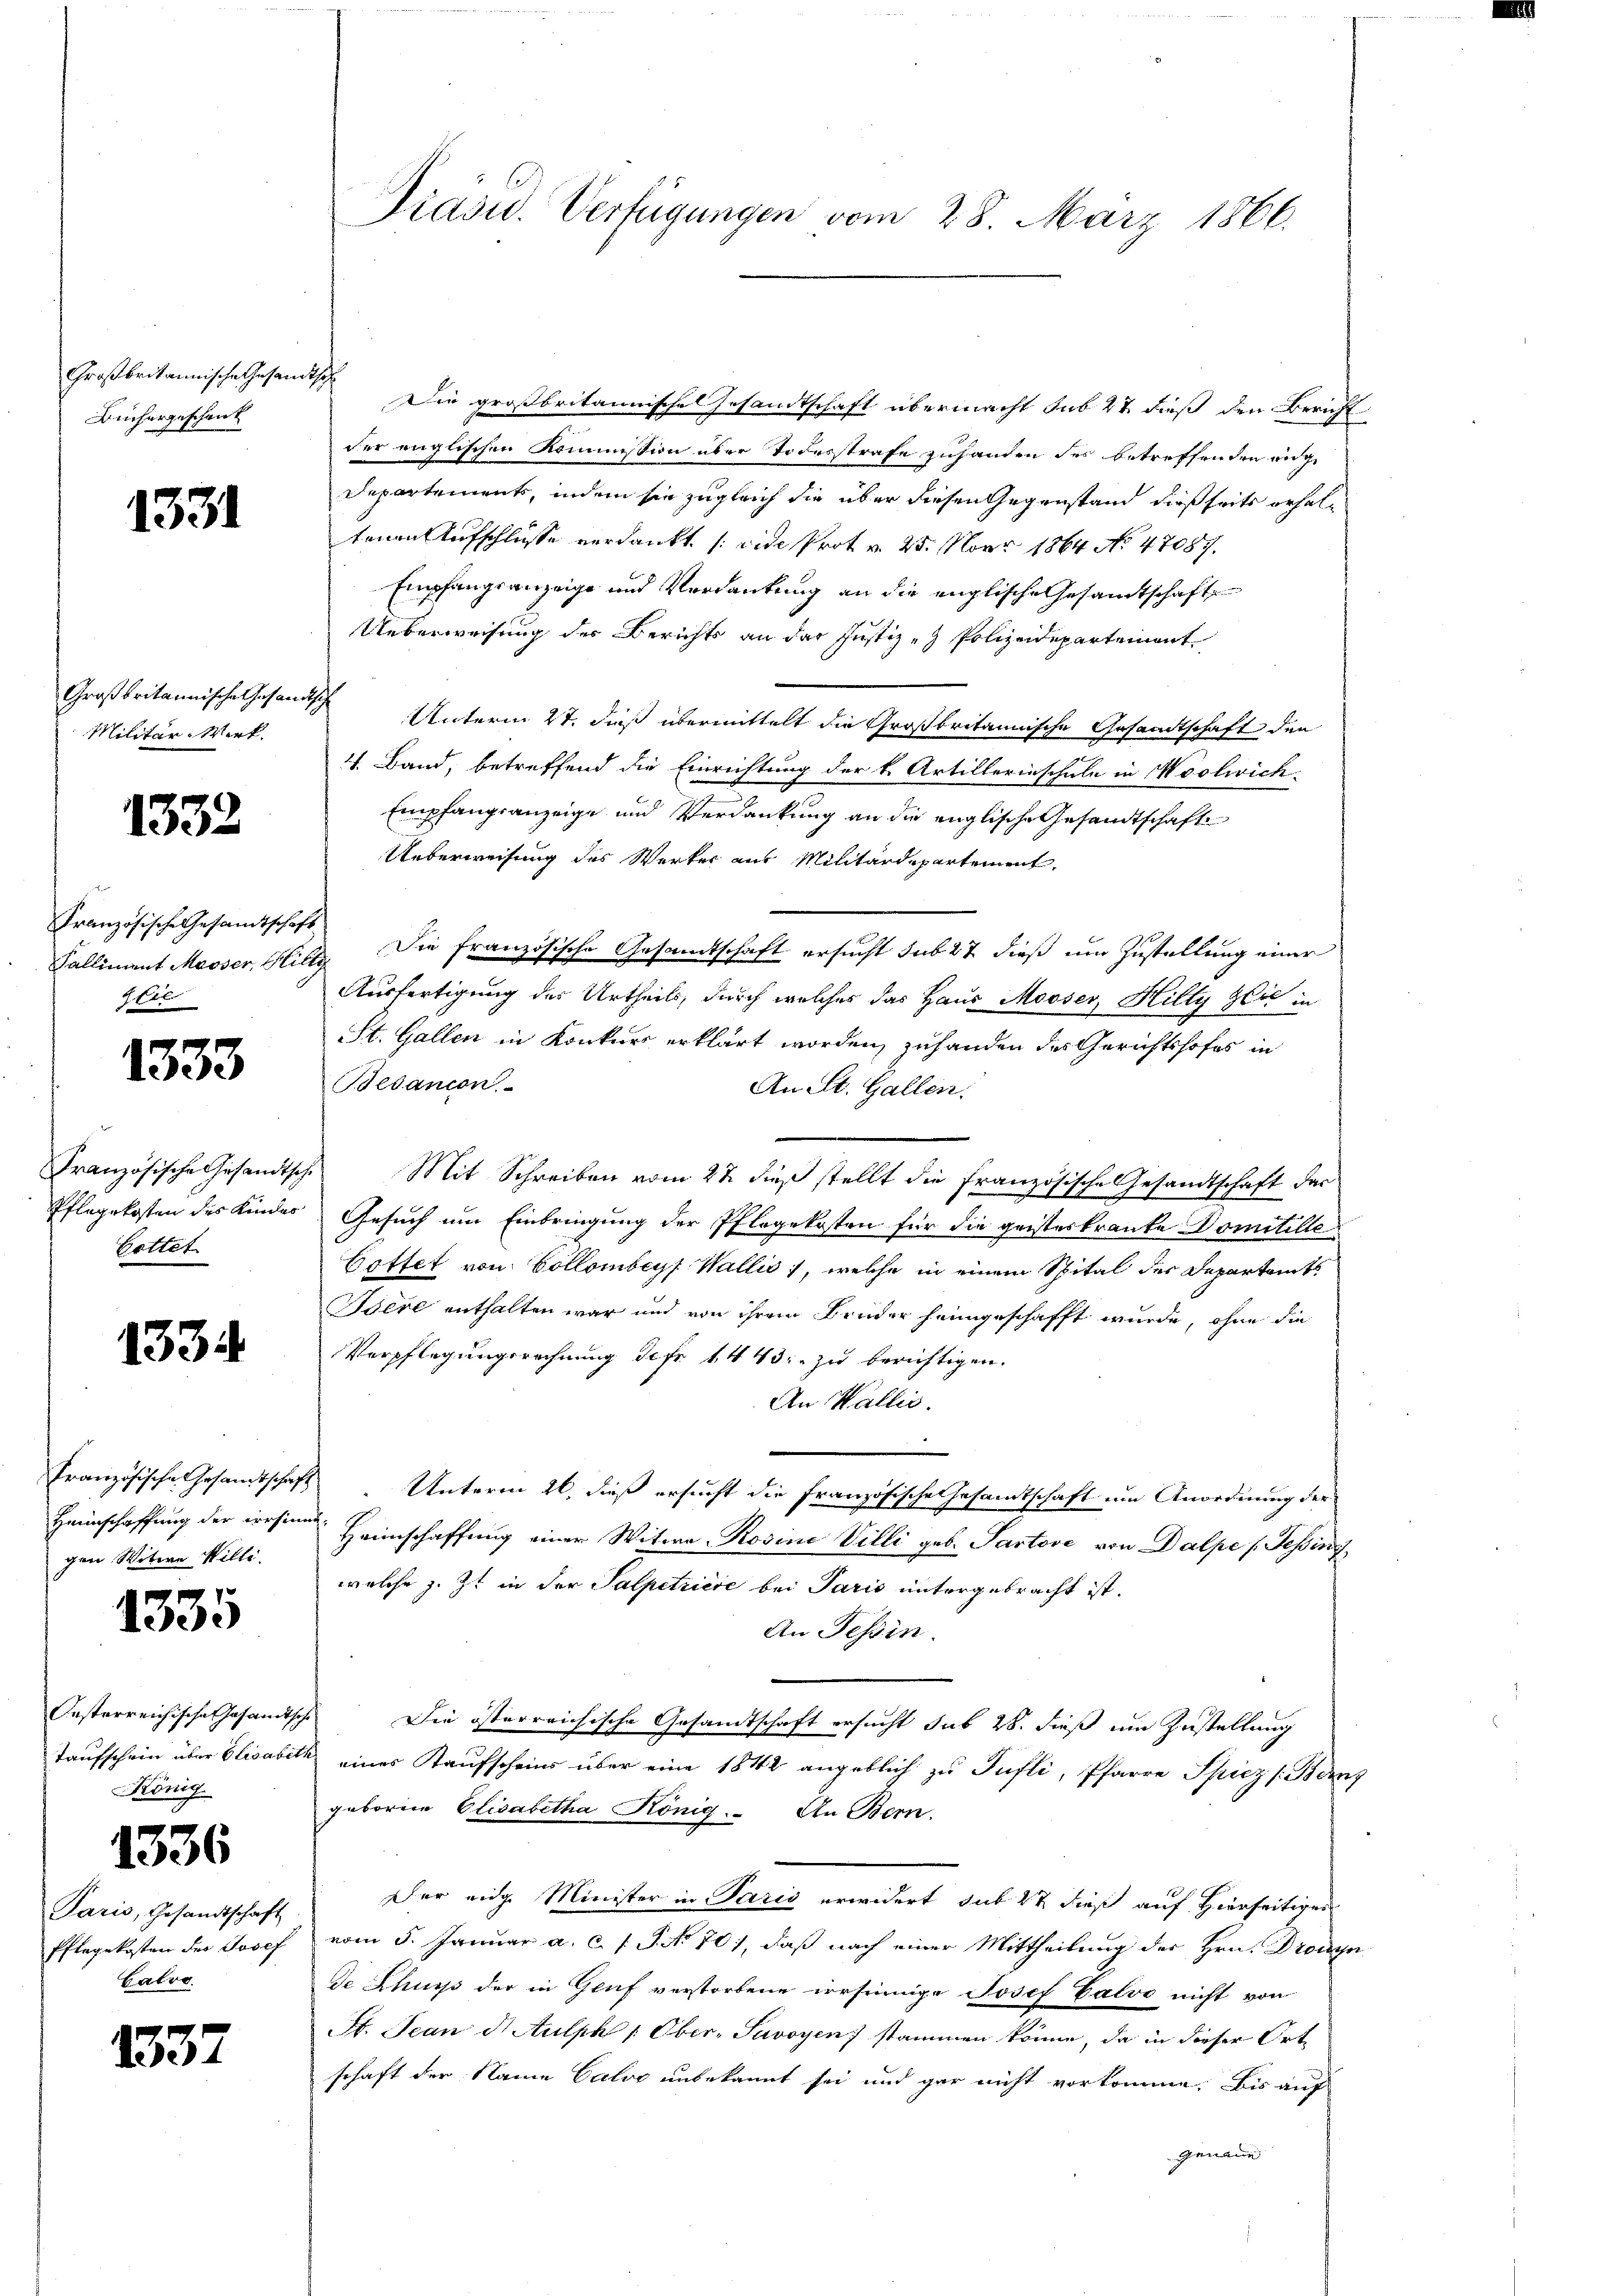
Großbritannische Gesandtsch
Büchergeschenk

s

1331

Großbritannische Gesandtsche
Militär-Werk.

1332

Französische Gesandtschaft
7. Cel

1333

Französische Gesandtsche
Gottet

1334

Französische Gesandtschaf
Heimschaffung der irrsinne
gen Witwe Willi

1335

König.

1336

Paris, Gesandtschaft
Pflegekosten der Josef
Calvo

1337

Präsid. Verfügungen vom 28. März 1866.

Die großbritannisches Gesandtschaft übermacht sub 27 dieß den Bericht
der englischen Kommission über Todesstrafe zuhanden des betreffenden ange
Departements, indem sie zugleich die über diesen Gegenstand dießseits erhaltenen Aufschlüsse verdankt (vide Prot v. 25. Nur 1864 No 47087.
Empfangsanzeige und Verdankung an die englische Gesamtschaft
Ueberweisung des Berichts an der Justiz - Polizeidepartement
Unterm 27. dieß übermittelt die Großbritannische Gesandtschaft den
4. Band, betreffend die Einrichtung der k. Artillerinschule in Woolivich.
Empfangsanzeige und Verdankung an die englische Gesandtschafte
Ueberweisung des Werker aus Militärdepartement
Falliment Masser, Hilty. Die französische Gesandtschaft ersucht sub 27 dieß um Zustellung einer
Ausfertigung des Urtheils, durch welches das Haus Mooser, Hilty Hlić in
St. Gallen in Konkurs erklärt worden, zuhanden des Gerichtshofes in
Bedancon
An St. Gallen.
Mit Schreiben vom 22 dieß stellt die Französische Gesandtschaft das
Pflegekosten des Kindes Gesuch um Einbringung der Pflegekosten für die geisteskranke Domitille
Cottet von Collombey Wallis, welche in einem Spital des Departamts
Isere enthalten war und von ihrem Bruder heimgeschafft wurde, ohne die
Verpflegungsrechnung defr. 1443: zu berichtigen.
An Wallis.
s
Unterm 20. dieß ersucht die Französische Gesamtschaft um Anordnung der
Heimschaffung einer Witwe Rosine Villi geb. Pastove von Dalpe / Tessini
welche z. Zt. in der Salpetriere bei Paris untergebracht ist.
An Tessin.
Oesterreichische sesandtsche Die österreichische Gesandtschaft ersucht sub 28. dieß um Zustellung
Taufschein über Elisabeth eines Kaufscheins über eine 1842 angeblich zu Pufli, Pfarre Spiez (Binz
geboren Elisabetha König. An Bern.
Der eidge Minister in Paris erwidert sub 22 dieß auf Hierseitiges
vom 5. Januar a. c. l. J. No 70), daß nach einer Mittheilung des Hrn. Drongn
De Schuss der in Gruf verstorbene irrsinnige Josef Čalvo nicht von
St. Jean d. Aulph 1. Ober- Savoyen stammen könne, da in dieser Ortschaft der Name Calvo unbekannt sei und gar nicht vorkomme. Bis auf
Genaue